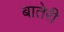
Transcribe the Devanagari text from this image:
बातेरी